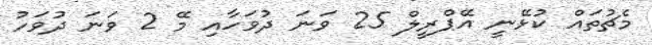
މެޗުތައް ކުޅޭނީ އޭޕްރީލް 25 ވަނަ ދުވަހާއި މޭ 2 ވަނަ ދުވަހު